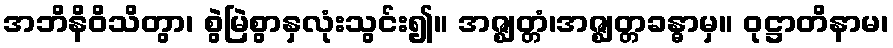
အဘိနိဝိသိတွာ၊ စွဲမြဲစွာနှလုံးသွင်း၍။ အဇ္ဈတ္တံ၊အဇ္ဈတ္တခန္ဓာမှ။ ဝုဋ္ဌာတိနာမ၊